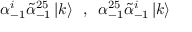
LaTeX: \alpha _ { - 1 } ^ { i } \tilde { \alpha } _ { - 1 } ^ { 2 5 } \left| k \right> \, \, \, , \, \, \, \alpha _ { - 1 } ^ { 2 5 } \tilde { \alpha } _ { - 1 } ^ { i } \left| k \right>